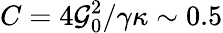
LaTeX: C=4\mathcal{G}_{0}^{2}/\gamma\kappa\sim 0.5